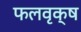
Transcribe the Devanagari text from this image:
फलवृक्ष